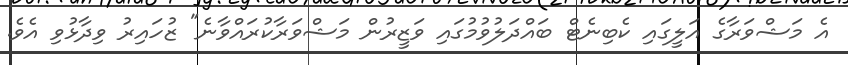
އެ މަޝްވަރާގެ އަލީގައި ކެބިނެޓް ބައްދަލުވުމުގައި ވަޒީރުން މަޝްވަރާކުރައްވާނެ" ޒުހައިރު ވިދާޅުވި އެވެ.